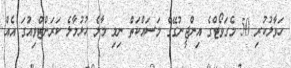
ހަވާލުކުރި 50 މެގަވޯޓްގެ އިންޖީނުގޭގެ މަސައްކަތް ނިމި މާލެ ހުޅުމާލެ ކަރަންޓްވިއުގަ އެއް